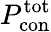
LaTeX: P_{\mathrm{con}}^{\mathrm{tot}}